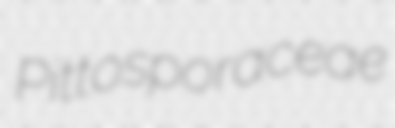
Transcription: Pittosporaceae